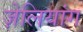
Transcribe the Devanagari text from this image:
ज़ेलियांग